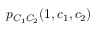
{ p _ { C _ { 1 } C _ { 2 } } ( 1 , c _ { 1 } , c _ { 2 } ) }